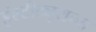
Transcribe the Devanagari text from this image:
इंश्टीट्यूशन्स